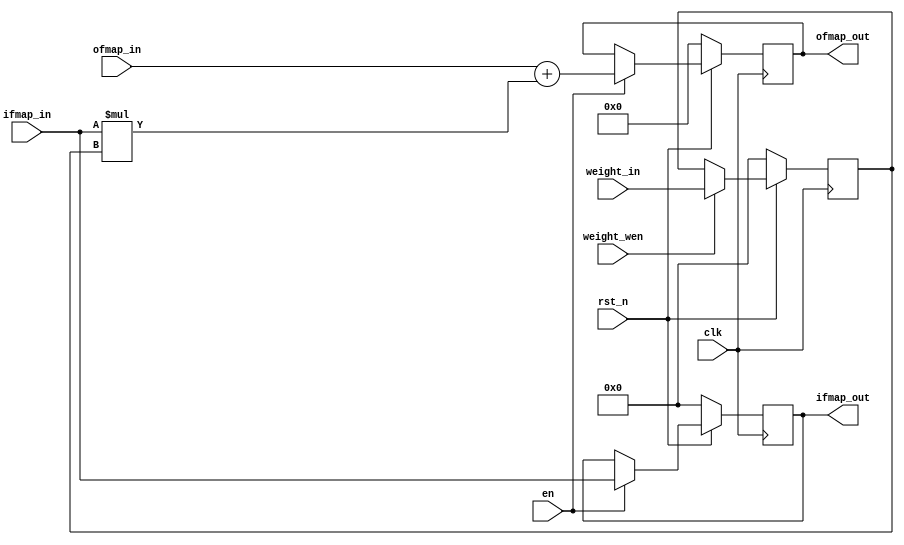
module mac
#(
  parameter IFMAP_WIDTH = 16,
  parameter WEIGHT_WIDTH = 16,
  parameter OFMAP_WIDTH = 32
)(
  input clk,
  input rst_n,
  input en,
  input weight_wen,
  input signed [IFMAP_WIDTH - 1 : 0] ifmap_in,
  input signed [WEIGHT_WIDTH - 1 : 0] weight_in,
  input signed [OFMAP_WIDTH - 1 : 0] ofmap_in,
  output signed [IFMAP_WIDTH - 1 : 0] ifmap_out,
  output signed [OFMAP_WIDTH - 1 : 0] ofmap_out
);

  reg signed [WEIGHT_WIDTH - 1 : 0] weight_r;
  reg signed [IFMAP_WIDTH - 1 : 0] ifmap_r;
  reg signed [OFMAP_WIDTH - 1 : 0] ofmap_r;
 
  // Implement the functionality of a scalar multiply-accumulate (MAC) unit.
  // This unit performs one multiply and one accumulate per cycle. The
  // functionality should be identical to the figure shown in the homework
  // pdf: the current input (ifmap_in) is multiplied with the stored weight
  // (weight_r) and added to the current output (ofmap_in), and the result is
  // stored in the output register (ofmap_r). The input and output registers
  // are only updated if en is high. Registered input and output are sent out.

  // If weight_en is high, then store the incoming weight (weight_in) into the
  // weight register (weight_r).
  
  // Synchronously reset all registers when rst_n is low.

  // Your code starts here
  wire signed [OFMAP_WIDTH - 1 : 0] ofmap_w;
  wire signed [OFMAP_WIDTH - 1 : 0] mult_w;

  always @ (posedge clk) begin
    if (rst_n) begin
      if (weight_wen) begin
        weight_r <= weight_in;      
      end
    end else begin
        weight_r <= 0;
    end
  end

  assign mult_w = ifmap_in * weight_r;
  assign ofmap_w = ofmap_in + mult_w;
  assign ofmap_out = ofmap_r;
  assign ifmap_out = ifmap_r;

  always @ (posedge clk) begin
    if (rst_n) begin
      if (en) begin
        ifmap_r <= ifmap_in;
        ofmap_r <= ofmap_w;
      end
    end else begin
      ifmap_r <= 0;
      ofmap_r <= 0;
    end
  end
  /*
  always @ (posedge clk) begin
    if (en) begin
      $display("%m, ifmap = %h, weight = %h, ofmap_in = %h, ofmap_out = %h", 
                    ifmap_in,   weight_r,    ofmap_in,      ofmap_w);
    end
  end
  */
  // Your code ends here
endmodule